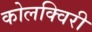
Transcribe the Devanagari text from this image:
कोलक्विरी